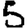
Digit: 5